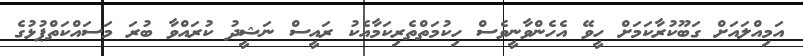
އަމިއްލައަށް ގަބޫކުރާކަމަށް ހީވޭ އެހެންވާނީވެސް ހިކުމަތްތެރިކަމާއެކު ރައީސް ނަޝީދު ކުރައްވާ ބުރަ މަސައްކަތްޕުޅުގެ